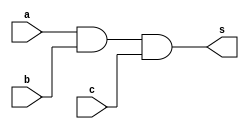
//ARQ1 - Eduardo Botelho de Andrade

module and3 (output s,
             input a,
             input b,
             input c);

 and and1(w1,a,b);
 and and2(s,w1,c);

endmodule

module tabela_verdade;

 reg a,b,c;
 wire s;
 
 and3 and1 (s,a,b,c);
 
 initial
  begin
   a=0; b=0; c=0;
  end

 initial
  begin
   $display("Output  A  B  C");
   $monitor("  %b   %b %b %b",s,a,b,c);

   #1 c=1;
   #1 b=1; c=0;
   #1 c=1;
   #1 a=1; b=0; c=0;
   #1 c=1;
   #1 b=1; c=0;
   #1 c=1;
  end
endmodule